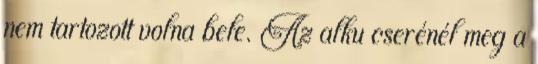
nem tartozott volna bele. Az alku cserénél meg a